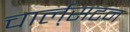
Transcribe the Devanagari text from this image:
चार्ल्‌सटन